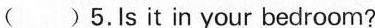
( )5.Is it in your bedroom?